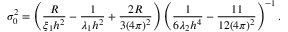
\sigma _ { 0 } ^ { 2 } = \left( \frac { R } { \xi _ { 1 } h ^ { 2 } } - \frac { 1 } { \lambda _ { 1 } h ^ { 2 } } + \frac { 2 R } { 3 ( 4 \pi ) ^ { 2 } } \right) \left( \frac { 1 } { 6 \lambda _ { 2 } h ^ { 4 } } - \frac { 1 1 } { 1 2 ( 4 \pi ) ^ { 2 } } \right) ^ { - 1 } .